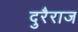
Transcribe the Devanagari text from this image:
दुरैराज